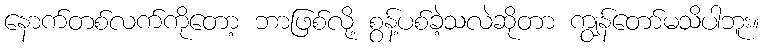
နောက်တစ်လက်ကိုတော့ ဘာဖြစ်လို့ စွန့်ပစ်ခဲ့သလဲဆိုတာ ကျွန်တော်မသိပါဘူး။